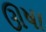
ઊષા